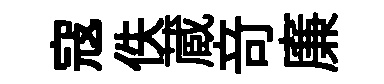
寇佚蔵竒廉